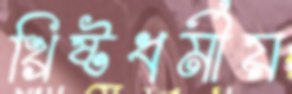
খ্রিষ্টধর্মীয়